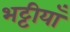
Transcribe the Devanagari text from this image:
भट्टीयाँ